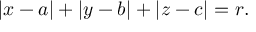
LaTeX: \left| x - a \right| + \left| y - b \right| + \left| z - c \right| = r .